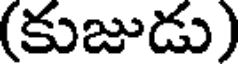
(కుజుడు)